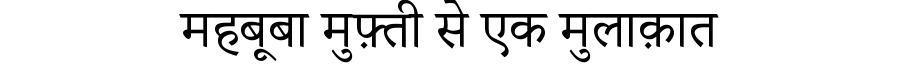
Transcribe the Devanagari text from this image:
महबूबा मुफ़्ती से एक मुलाक़ात